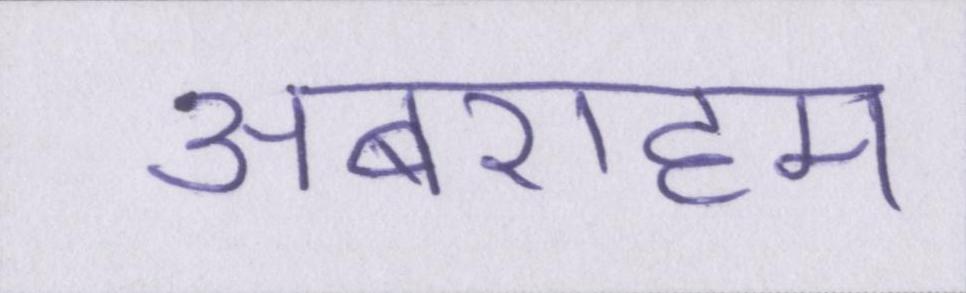
अबराहम